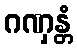
ဂဏှန္တံ